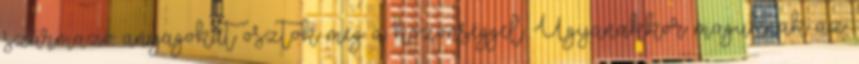
származó anyagokat osztok meg a közönséggel. Ugyanakkor maguknak az